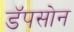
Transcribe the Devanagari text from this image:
डॅपसोन